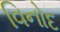
વિનોદ